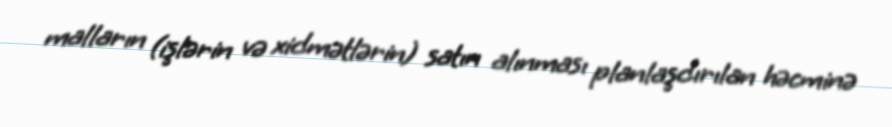
malların (işlərin və xidmətlərin) satın alınması planlaşdırılan həcminə